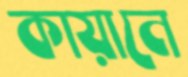
কায়ানে